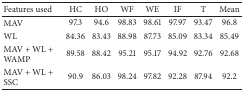
| Features used | HC | HO | WF | WE | IF | T | Mean |
 | --- | --- | --- | --- | --- | --- | --- | --- |
 | MAV | 97.3 | 94.6 | 98.83 | 98.61 | 97.97 | 93.47 | 96.8 |
 | WL | 84.36 | 83.43 | 88.98 | 87.73 | 85.09 | 83.34 | 85.49 |
 | MAV + WL + WAMP | 89.58 | 88.42 | 95.21 | 95.17 | 94.92 | 92.76 | 92.68 |
 | MAV + WL + SSC | 90.9 | 86.03 | 98.24 | 97.82 | 92.28 | 87.94 | 92.2 |